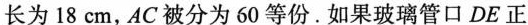
长为18cm，AC被分为60等份。如果玻璃管口DE正